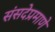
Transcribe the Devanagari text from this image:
संसदेप्रमाणे